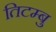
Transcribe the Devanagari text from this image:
तिटम्बु